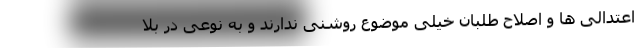
اعتدالی ها و اصلاح طلبان خیلی موضوع روشنی ندارند و به نوعی در بلا